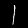
Digit: 1